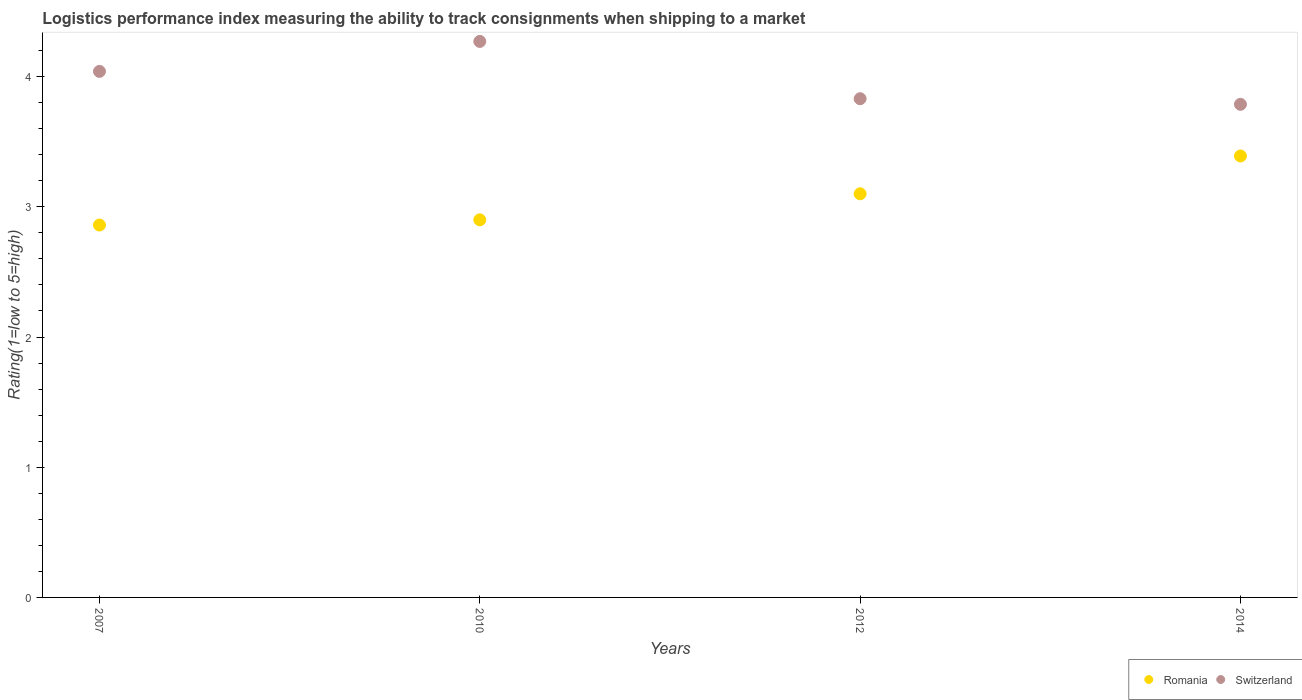
| Years | Romania | Switzerland |
 | --- | --- | --- |
 | 2007 | 2.86 | 4.04 |
 | 2010 | 2.9 | 4.27 |
 | 2012 | 3.1 | 3.83 |
 | 2014 | 3.39 | 3.79 |